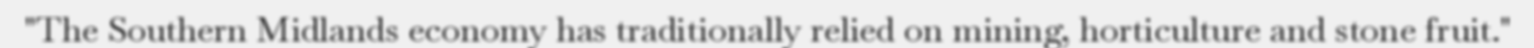
"The Southern Midlands economy has traditionally relied on mining, horticulture and stone fruit."